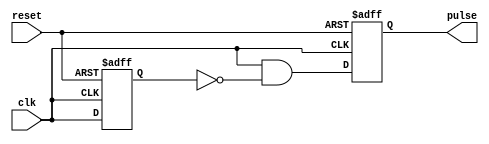
module Rising_Edge_Pulse_Generator (
    input wire clk,
    input wire reset,
    output reg pulse
);

reg prev_clk;

always @(posedge clk or posedge reset) begin
    if (reset) begin
        pulse <= 1'b0;
        prev_clk <= 1'b0;
    end else begin
        pulse <= (clk && !prev_clk);
        prev_clk <= clk;
    end
end

endmodule